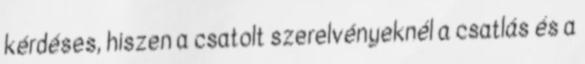
kérdéses, hiszen a csatolt szerelvényeknél a csatlás és a